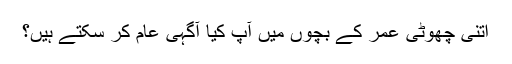
اتنی چھوٹی عمر کے بچوں میں آپ کیا آگہی عام کر سکتے ہیں؟